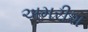
અમરીશ